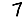
Digit: 7